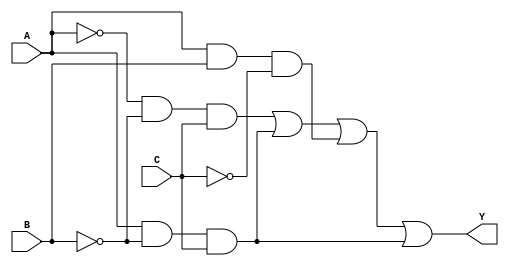
module multi_level_logic (
    input wire A,  // Input variable A
    input wire B,  // Input variable B
    input wire C,  // Input variable C
    output wire Y  // Output variable Y
);

// Intermediate signals for multi-level logic
wire AB;         // Intermediate signal for A AND B
wire AC;         // Intermediate signal for A AND C
wire BC;         // Intermediate signal for B AND C
wire A_not;      // NOT A
wire B_not;      // NOT B
wire C_not;      // NOT C
wire term1;      // Minterm for A'B'C
wire term2;      // Minterm for AB'C
wire term3;      // Minterm for ABC'
wire term4;      // Minterm for AB'C'

// Level 1: Generate NOT signals
not (A_not, A);
not (B_not, B);
not (C_not, C);

// Level 2: Generate AND terms for minterms
and (term1, A_not, B_not, C); // A'B'C
and (term2, A, B_not, C);      // AB'C
and (term3, A, B, C_not);      // ABC'
and (term4, A, B_not, C);      // AB'C

// Level 3: Combine terms with OR gate
or (Y, term1, term2, term3, term4); // Final output Y

endmodule